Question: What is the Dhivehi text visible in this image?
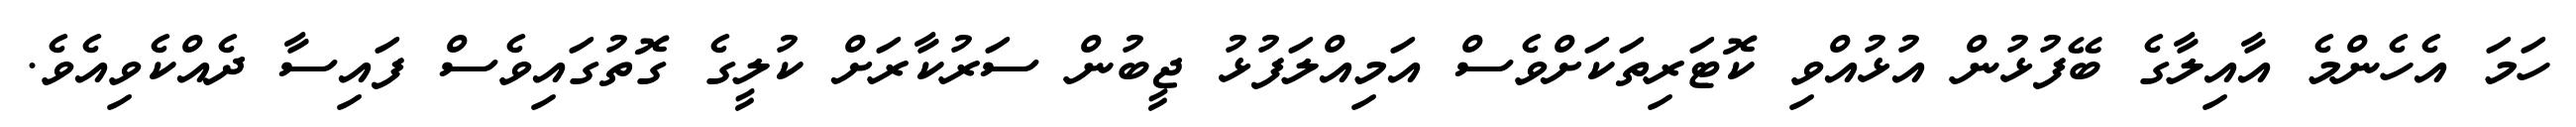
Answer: ހަމަ އެހެންމެ އާއިލާގެ ބޭފުޅުން އުޅުއްވި ކޮޓަރިތަކަށްވެސް އަމިއްލަފުޅު ޖީބުން ސަރުކާރަށް ކުލީގެ ގޮތުގައިވެސް ފައިސާ ދެއްކެވިއެވެ.